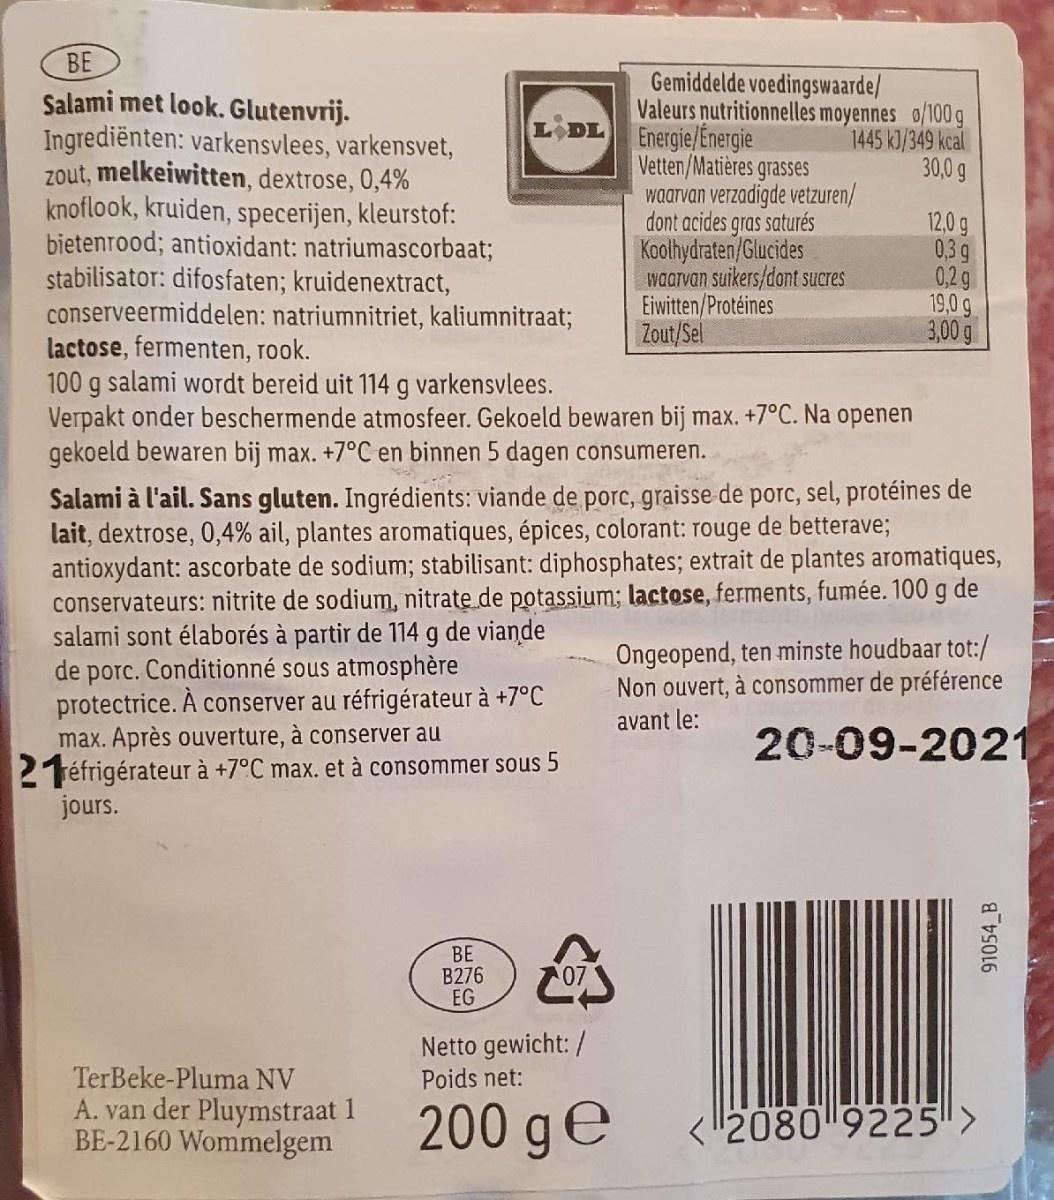
BE
Salami met look. Glutenvrij. Ingrediënten: varkensvlees, varkensvet, zout, melkeiwitten, dextrose, 0,4% knoflook, kruiden, specerijen, kleurstof: bietenrood; antioxidant: natriumascorbaat; stabilisator: difosfaten; kruidenextract, conserveermiddelen: natriumnitriet, kaliumnitraat; lactose, fermenten, rook. 100 g salami wordt bereid uit 114 g varkensvlees. Verpakt onder beschermende atmosfeer. Gekoeld bewaren bij max. +7°C. Na openen gekoeld bewaren bij max. +7°C en binnen 5 dagen consumeren.
Gemiddelde voedingswaarde/ Valeurs nutritionnelles moyennes o/100 g Energie/Energie Vetten/Matières grasses waarvan verzadigde vetzuren/ dont acides gras saturés Koolhydraten/Glucides waarvan suikers/dont sucres Eiwitten/Protéines Zout/Sel
1445 KJ/349 kcal 30,0 g
12,0 g 0,3 g 0,2 g 19,0 g 3,00 g
Salami à l'ail. Sans gluten. Ingrédients: viande de porc, graisse de porc, sel, protéines de lait, dextrose, 0,4% ail, plantes aromatiques, épices, colorant: rouge de betterave; antioxydant: ascorbate de sodium; stabilisant: diphosphates; extrait de plantes aromatiques, conservateurs: nitrite de sodium, nitrate de potassium; lactose, ferments, fumée. 100 g de salami sont élaborés à partir de 114 g de viande de porc. Conditionné sous atmosphère protectrice. À conserver au réfrigérateur à +7°C max. Après ouverture, à conserver au 2téfrigérateur à +7°C max. et à consommer sous 5 jours.
Ongeopend, ten minste houdbaar tot:/ Non ouvert, à consommer de préférence
avant le:
20-09-2021
ВЕ B276 EG
Netto gewicht: /
TerBeke-Pluma NV
Poids net:
A. van der Pluymstraat 1 BE-2160 Wommelgem
200 ge
2080 9225 >
91054 B